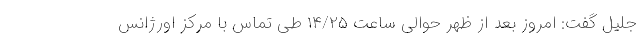
جلیل گفت: امروز بعد از ظهر حوالی ساعت ۱۴/۲۵ طی تماس با مرکز اورژانس